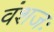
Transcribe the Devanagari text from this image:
वंशजः